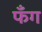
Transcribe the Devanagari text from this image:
फँग